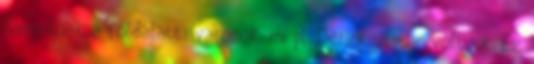
Hasonloak a foldalatti varosok, mi pl. Derinkuju-ban voltunk. Ez